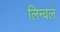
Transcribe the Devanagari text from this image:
लिन्वल